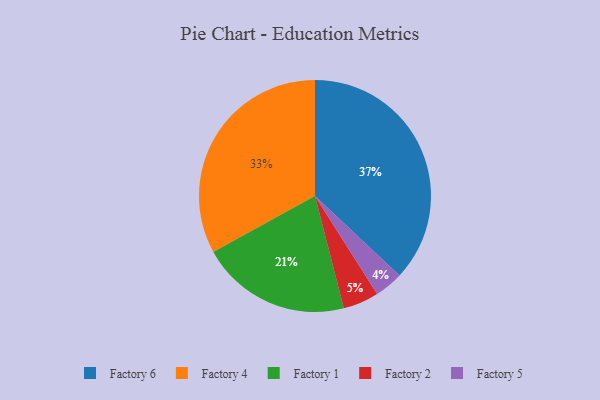
{"axis": {"x": "Category", "y": "Percentage"}, "legend": ["Factory 1", "Factory 2", "Factory 4", "Factory 5", "Factory 6"], "data": [{"x": "Factory 6", "y": 37, "type": "Factory 6"}, {"x": "Factory 1", "y": 21, "type": "Factory 1"}, {"x": "Factory 4", "y": 33, "type": "Factory 4"}, {"x": "Factory 2", "y": 5, "type": "Factory 2"}, {"x": "Factory 5", "y": 4, "type": "Factory 5"}]}